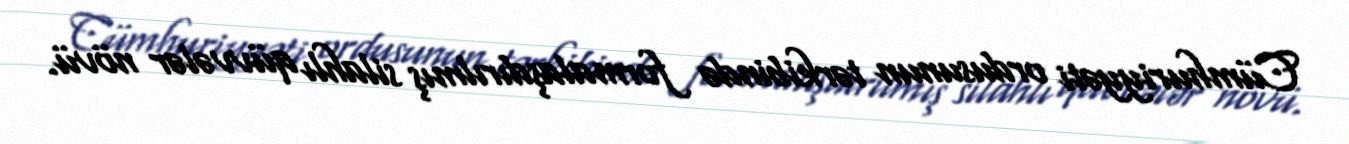
Cümhuriyyəti ordusunun tərkibində formalaşdırılmış silahlı qüvvələr növü.